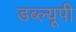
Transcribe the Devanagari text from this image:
डब्ल्यूपी